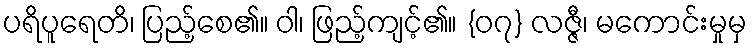
ပရိပူရေတိ၊ ပြည့်စေ၏။ ဝါ၊ ဖြည့်ကျင့်၏။ {၀၇} လဇ္ဇီ၊ မကောင်းမှုမှ